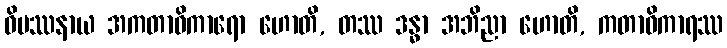
ဝိပဿနာယ အကတာဓိကာရော ဟောတိ, တဿ ဒန္ဓာ အဘိညာ ဟောတိ, ကတာဓိကာရဿ